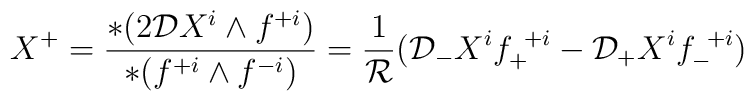
X^{+} = {{* (2{\cal D} X^i \wedge f^{+i})} \over {* (f^{+i} \wedge f^{-i})}} = {1 \over {\cal R}}  ({\cal D}_- X^i f_+^{~+i} - {\cal D}_+ X^if_-^{~+i})